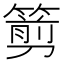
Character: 𥲫